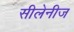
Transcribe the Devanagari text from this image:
सीलेनीज